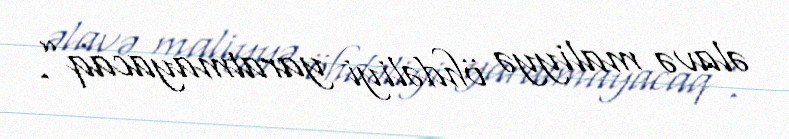
əlavə maliyyə öhdəliyi yaratmayacaq”.